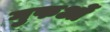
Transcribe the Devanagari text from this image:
गुफओं